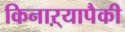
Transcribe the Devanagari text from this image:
किनाऱ्यापैकी